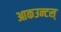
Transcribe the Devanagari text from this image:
आकउन्टस्